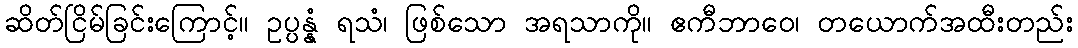
ဆိတ်ငြိမ်ခြင်းကြောင့်။ ဥပ္ပန္နံ ရသံ၊ ဖြစ်သော အရသာကို။ ဧကီဘာဝေ၊ တယောက်အထီးတည်း